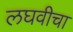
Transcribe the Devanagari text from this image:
लघवीचा